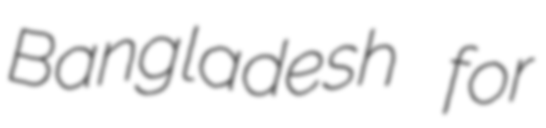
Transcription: Bangladesh for